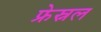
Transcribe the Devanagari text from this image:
फ्रेस्नल